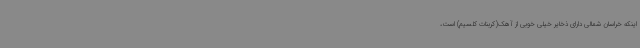
اینکه خراسان شمالی دارای ذخایر خیلی خوبی از آهک(کربنات کلسیم) است،